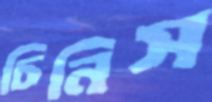
চিনিস